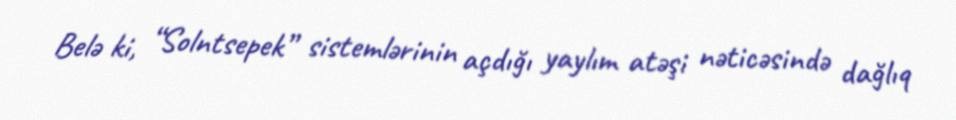
Belə ki, “Solntsepek” sistemlərinin açdığı yaylım atəşi nəticəsində dağlıq